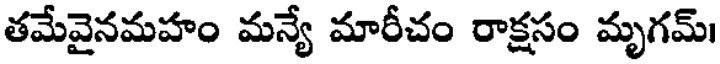
తమేవైనమహం మన్యే మారీచం రాక్షసం మృగమ్।